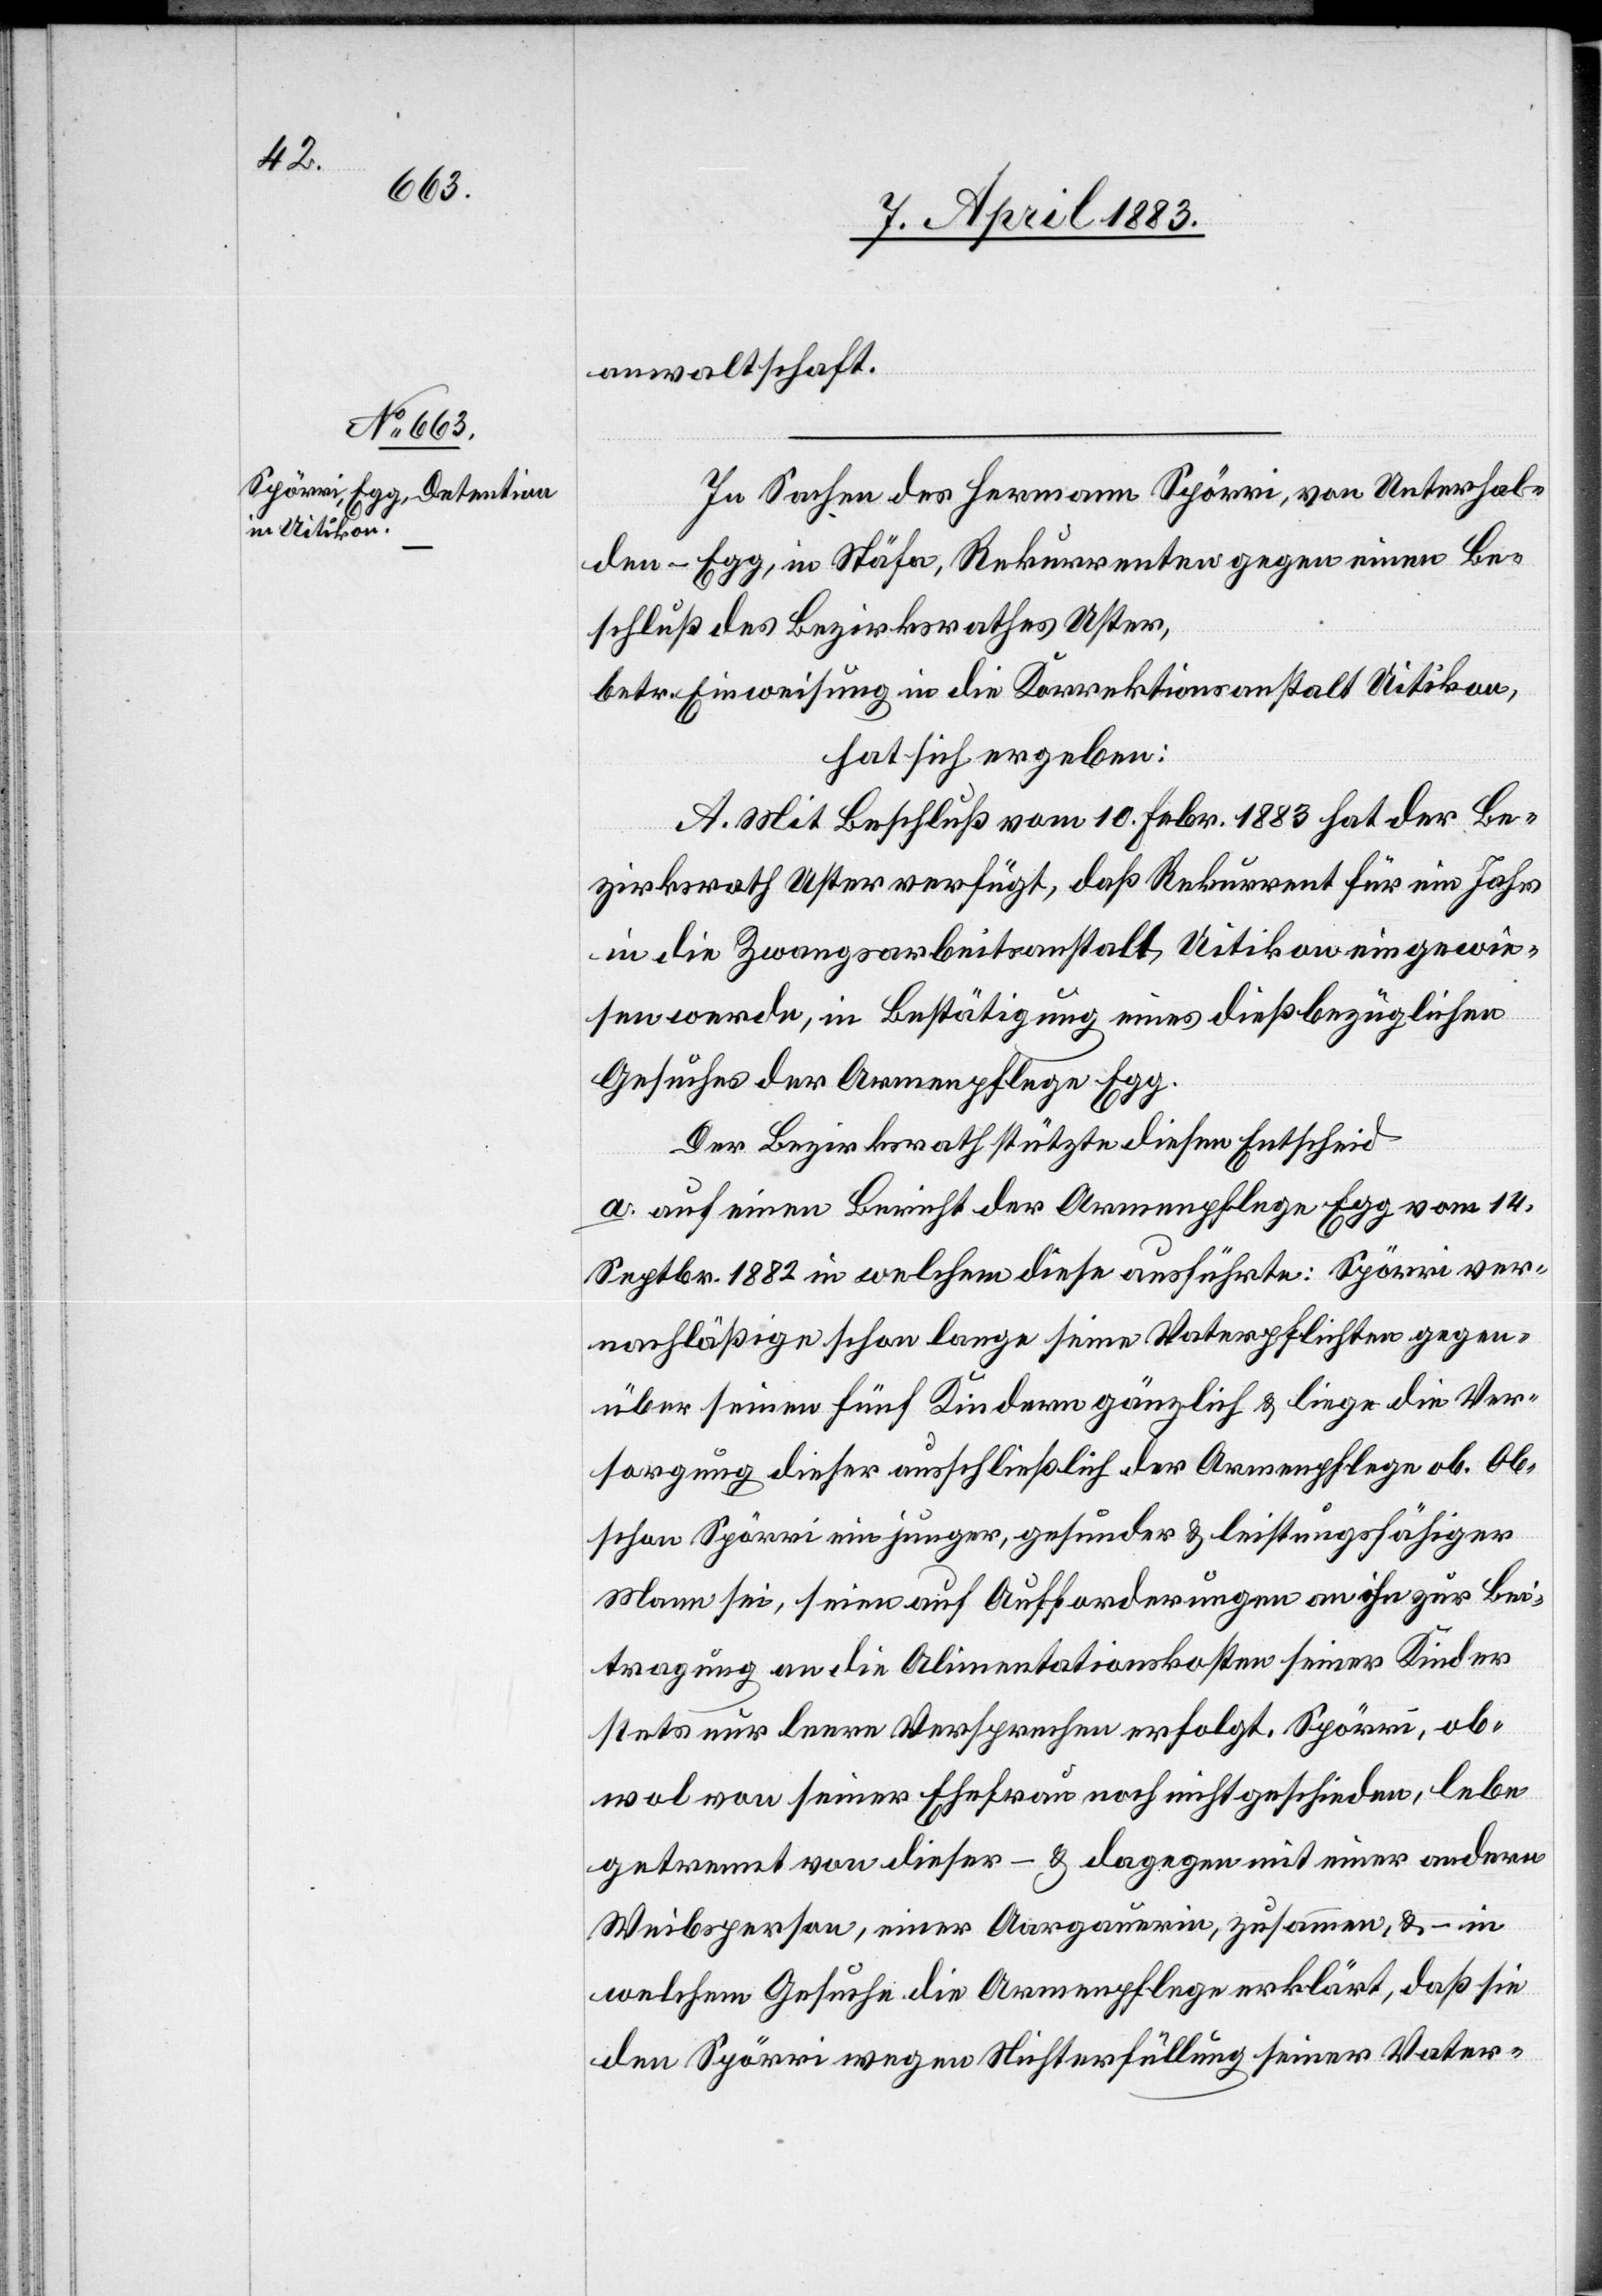
anwaltschaft.
In Sachen des Hermann Spörri, von Unterhal¬
den - Egg, in Stäfa, Rekurrenten gegen einen Be¬
schluß des Bezirksrathes Uster,
betr. Einweisung in die Korrektionsanstalt Uitikon,
hat sich ergeben:
A. Mit Beschluß vom 10. Febr. 1883 hat der Be¬
zirksrath Uster verfügt, daß Rekurrent für ein Jahr
in die Zwangsarbeitsanstalt Uitikon eingewie¬
sen werde, in Bestätigung eines dießbezüglichen
Gesuches der Armenpflege Egg.
Der Bezirksrath stützte diesen Entscheid
a. auf einen Bericht der Armenpflege Egg vom 14.
Septbr. 1882 in welchem diese ausführte: Spörri ver¬
nachlässige schon lange seine Vaterpflichten gegen¬
über seinen fünf Kindern gänzlich & liege die Ver¬
sorgung dieser ausschließlich der Armenpflege ob. Ob¬
schon Spörri ein junger, gesunder & leistungsfähiger
Mann sei, seien auf Aufforderungen an ihn zur Bei¬
tragung an die Alimentationskosten seiner Kinder
stets nur leere Versprechen erfolgt. Spörri, ob¬
wol von seiner Ehefrau noch nicht geschieden, lebe
getrennt von dieser – & dagegen mit einer andern
Weibsperson, einer Aargauerin, zusammen, & – in
welchem Gesuche die Armenpflege erklärt, daß sie
den Spörri wegen Nichterfüllung seiner Vater-